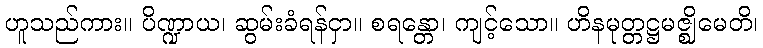
ဟူသည်ကား။ ပိဏ္ဍာယ၊ ဆွမ်းခံရန်ငှာ။ စရန္တော၊ ကျင့်သော။ ဟိနမုတ္တဋ္ဌမဇ္ဈိမေတိ၊